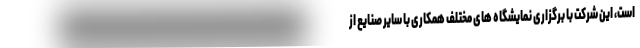
است، این شرکت با برگزاری نمایشگاه های مختلف همکاری با سایر صنایع از